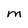
Character: M